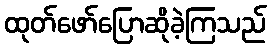
ထုတ်ဖော်ပြောဆိုခဲ့ကြသည်